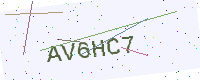
Text: AV6HC7